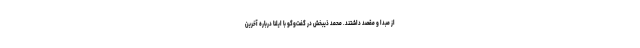
از مبدا و مقصد داشتند. محمد ذیبخش در گفت‌وگو با ایلنا درباره آخرین